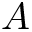
{ \cal A }